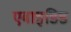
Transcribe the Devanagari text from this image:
एबाइडिड